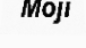
Moji